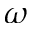
\omega